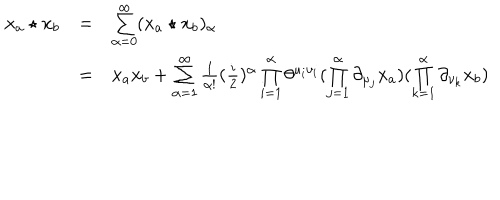
\begin{array} { l c l } { { x _ { a } \star x _ { b } } } & { { = } } & { { \sum _ { \alpha = 0 } ^ { \infty } ( x _ { a } \star x _ { b } ) _ { \alpha } } } \\ { { } } & { { = } } & { { x _ { a } x _ { b } + \sum _ { { \alpha } = 1 } ^ { \infty } \frac { 1 } { \alpha ! } ( \frac { i } { 2 } ) ^ { \alpha } \prod _ { i = 1 } ^ { \alpha } \theta ^ { \mu _ { i } \nu _ { i } } ( \prod _ { j = 1 } ^ { \alpha } \partial _ { \mu _ { j } } x _ { a } ) ( \prod _ { k = 1 } ^ { \alpha } \partial _ { \nu _ { k } } x _ { b } ) } } \\ \end{array}